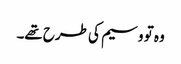
وہ تو وسیم کی طرح تھے۔